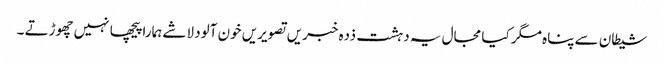
شیطان سے پناہ مگر کیا مجال یہ دہشت ذدہ خبریں تصویریں خون آلود لاشے ہمارا پیچھا نہیں چھوڑتے ۔